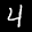
Label: 4